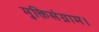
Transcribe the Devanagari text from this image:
मुक्तिसंग्राम।